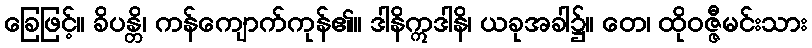
ခြေဖြင့်။ ခိပန္တိ၊ ကန်ကျောက်ကုန်၏။ ဒါနိဣဒါနိ၊ ယခုအခါ၌။ တေ၊ ထိုဝဇ္ဇီမင်းသား